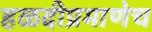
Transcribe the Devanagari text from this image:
हळदीप्रमाणेच